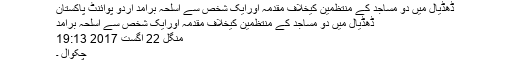
ڈھڈیال میں دو مساجد کے منتظمین کیخلاف مقدمہ اورایک شخص سے اسلحہ برآمد اُردو پوائنٹ پاکستان
ڈھڈیال میں دو مساجد کے منتظمین کیخلاف مقدمہ اورایک شخص سے اسلحہ برآمد
منگل 22 اگست 2017 19:13
چکوال ۔